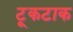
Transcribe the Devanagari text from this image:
टूकटाक